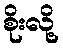
စိုးလို့